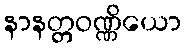
နာနတ္တဝဏ္ဏိယော